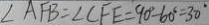
\angle A F B = \angle C F E = 9 0 ^ { \circ } - 6 0 ^ { \circ } = 3 0 ^ { \circ }